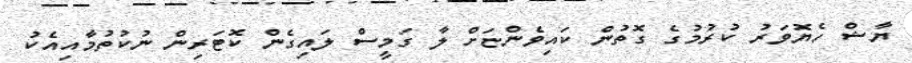
ޔާޝް ހެޔޮވަރު ކުރުމުގެ ގޮތުން ކައިވެންޏަށް ލާ ގަމީސް ލައިގެން ކޮޓަރިން ނުކުތުމާއިއެކު